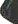
لا